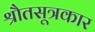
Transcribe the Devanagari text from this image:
श्रौतसूत्रकार